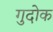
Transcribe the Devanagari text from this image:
गुदोक